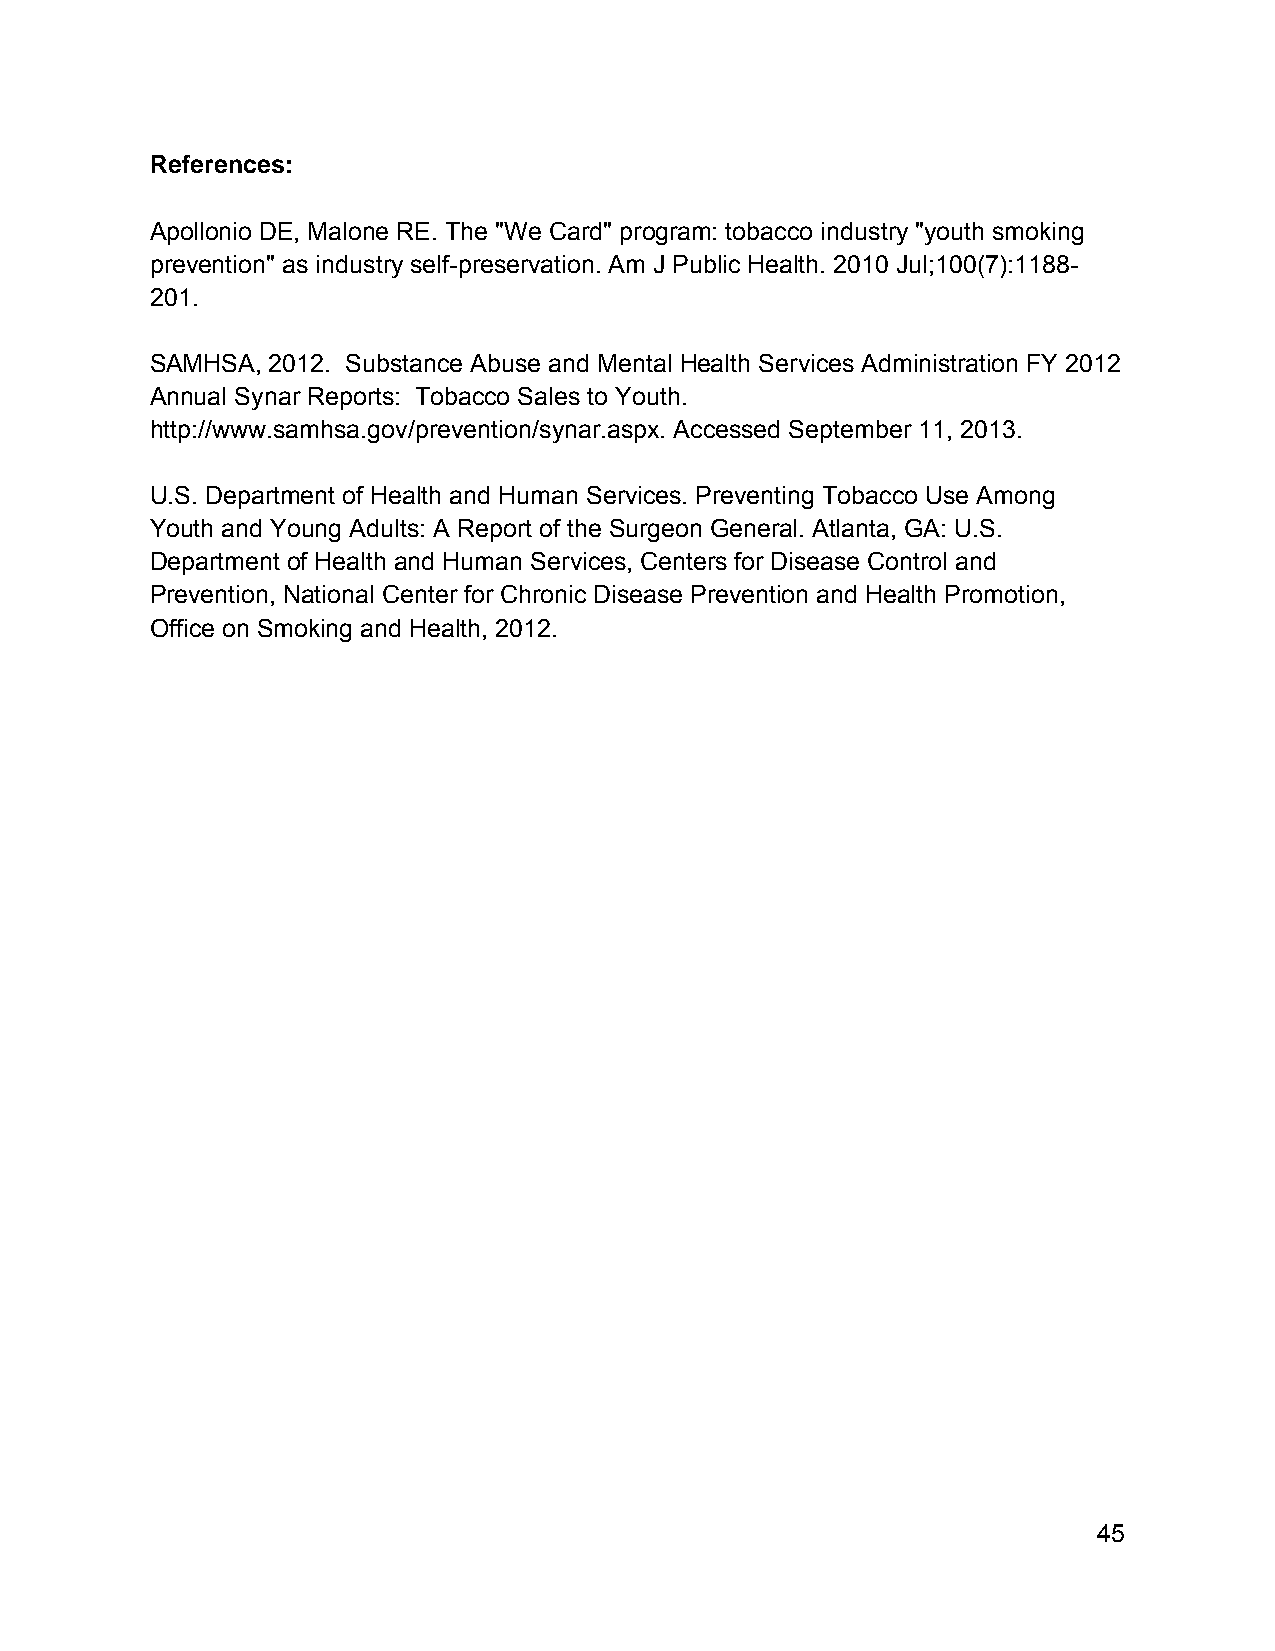
References:
 Apollonio DE, Malone RE. The "We Card" program: tobacco industry "youth smoking
 prevention" as industry self-preservation. Am J Public Health. 2010 Jul;100(7):1188-
 201.
 SAMHSA, 2012. Substance Abuse and Mental Health Services Administration FY 2012
 Annual Synar Reports: Tobacco Sales to Youth.
 http://www.samhsa.gov/prevention/synar.aspx. Accessed September 11, 2013.
 U.S. Department of Health and Human Services. Preventing Tobacco Use Among
 Youth and Young Adults: A Report of the Surgeon General. Atlanta, GA: U.S.
 Department of Health and Human Services, Centers for Disease Control and
 Prevention, National Center for Chronic Disease Prevention and Health Promotion,
 Office on Smoking and Health, 2012.
 45